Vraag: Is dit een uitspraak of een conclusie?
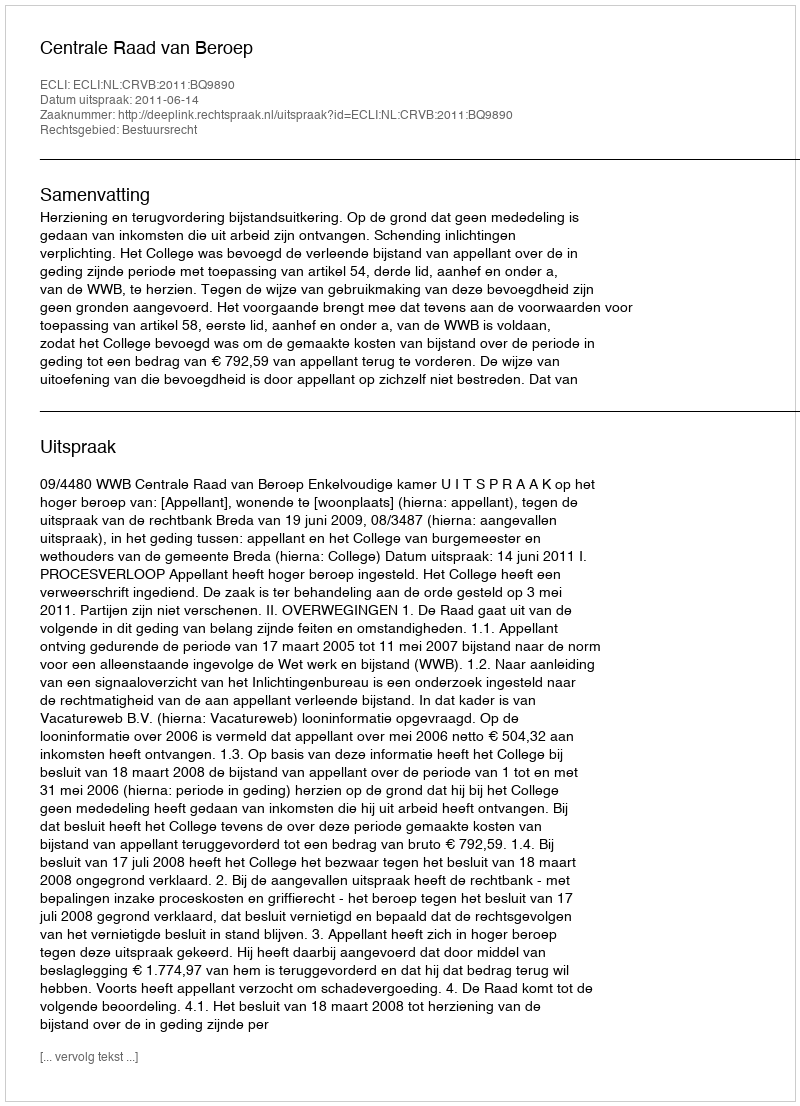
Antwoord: Uitspraak